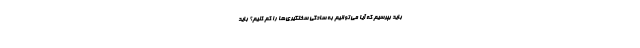
باید بپرسیم که آیا می‌توانیم به سادگی سختگیری‌ها را کم کنیم؟ باید